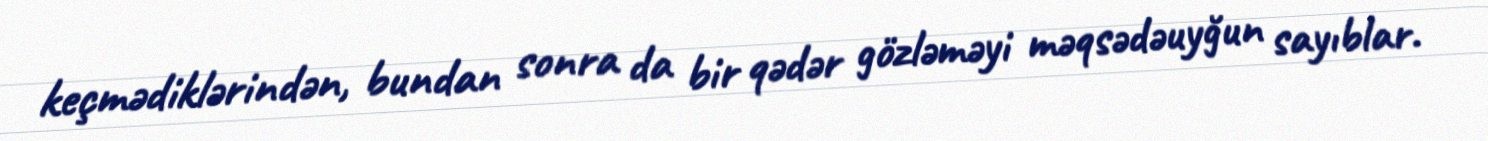
keçmədiklərindən, bundan sonra da bir qədər gözləməyi məqsədəuyğun sayıblar.